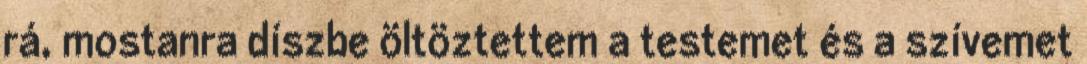
rá, mostanra díszbe öltöztettem a testemet és a szívemet